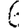
Digit: 6